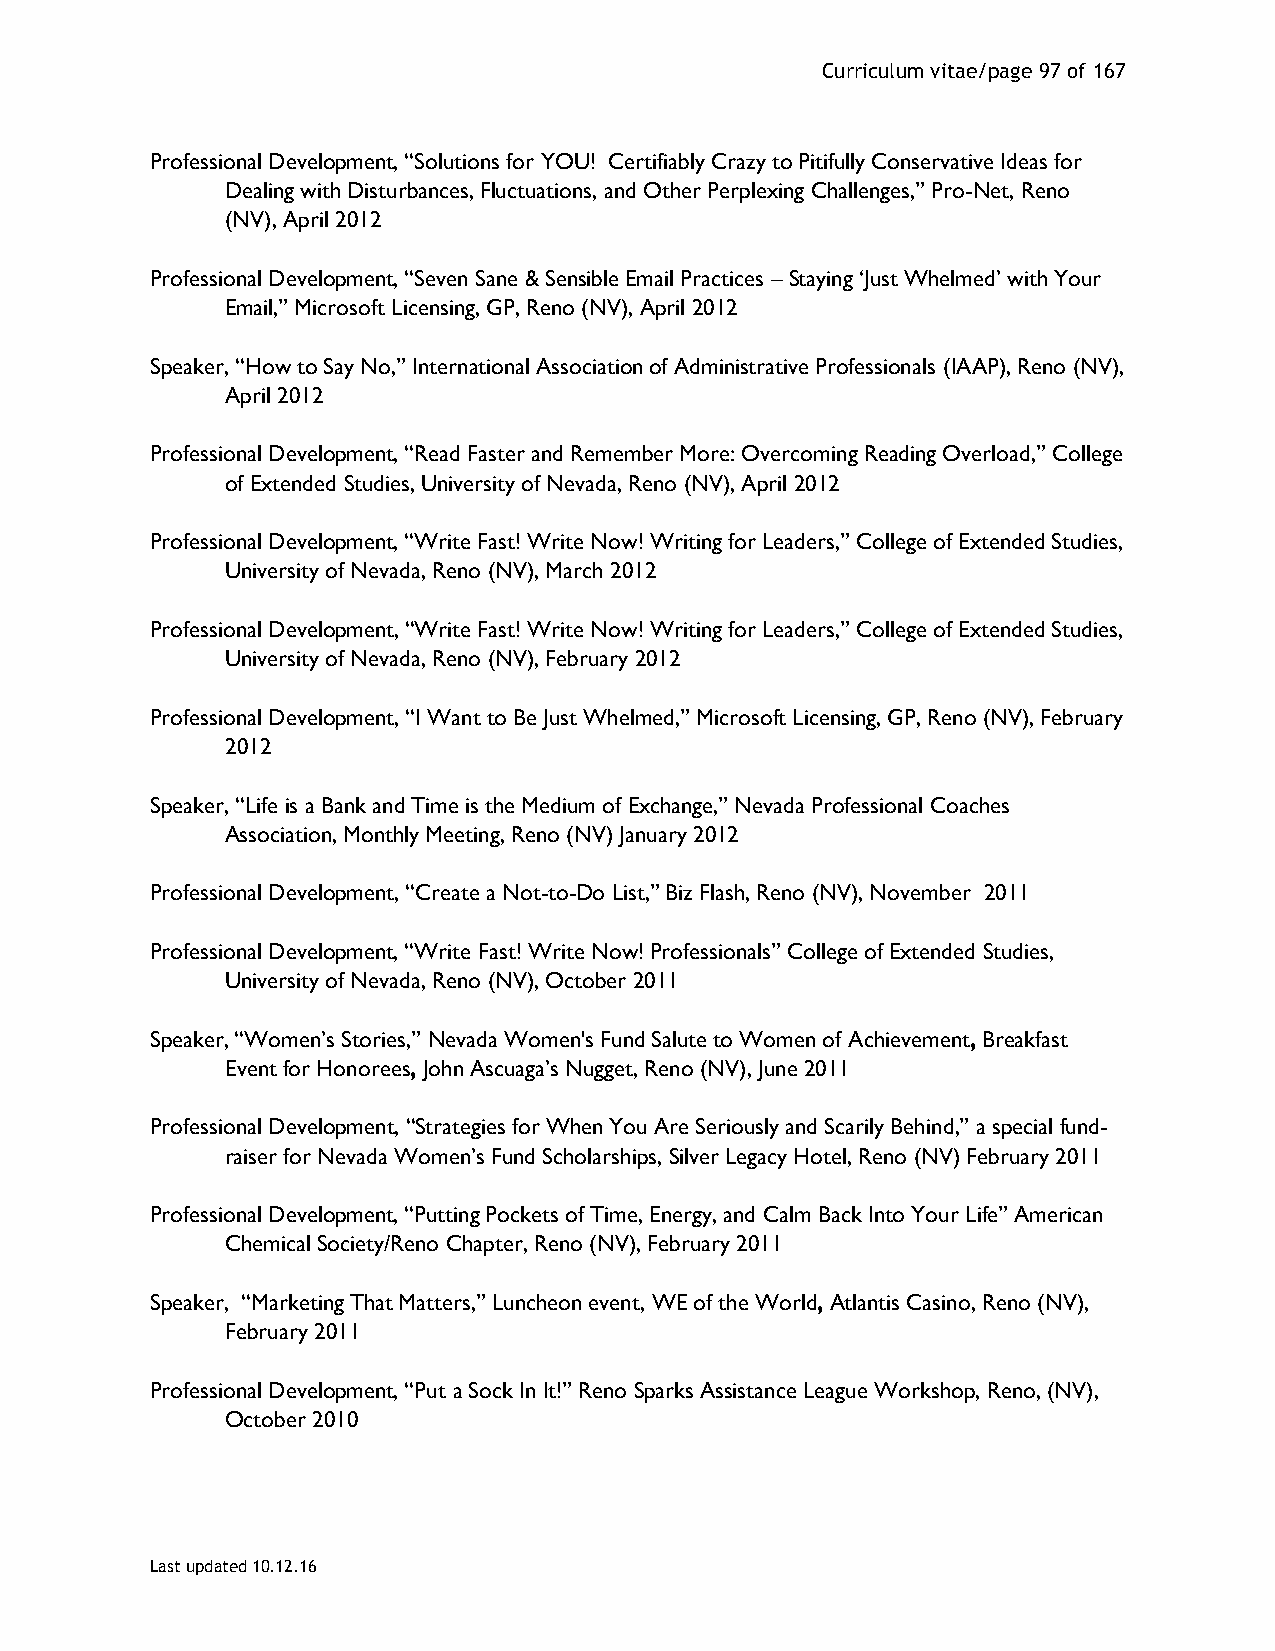
Curriculum vitae/page 97 of 167
 Professional Development, “Solutions for YOU! Certifiably Crazy to Pitifully Conservative Ideas for
 Dealing with Disturbances, Fluctuations, and Other Perplexing Challenges,” Pro-Net, Reno
 (NV), April 2012
 Professional Development, “Seven Sane & Sensible Email Practices – Staying ‘Just Whelmed’ with Your
 Email,” Microsoft Licensing, GP, Reno (NV), April 2012
 Speaker, “How to Say No,” International Association of Administrative Professionals (IAAP), Reno (NV),
 April 2012
 Professional Development, “Read Faster and Remember More: Overcoming Reading Overload,” College
 of Extended Studies, University of Nevada, Reno (NV), April 2012
 Professional Development, “Write Fast! Write Now! Writing for Leaders,” College of Extended Studies,
 University of Nevada, Reno (NV), March 2012
 Professional Development, “Write Fast! Write Now! Writing for Leaders,” College of Extended Studies,
 University of Nevada, Reno (NV), February 2012
 Professional Development, “I Want to Be Just Whelmed,” Microsoft Licensing, GP, Reno (NV), February
 2012
 Speaker, “Life is a Bank and Time is the Medium of Exchange,” Nevada Professional Coaches
 Association, Monthly Meeting, Reno (NV) January 2012
 Professional Development, “Create a Not-to-Do List,” Biz Flash, Reno (NV), November 2011
 Professional Development, “Write Fast! Write Now! Professionals” College of Extended Studies,
 University of Nevada, Reno (NV), October 2011
 Speaker, “Women’s Stories,” Nevada Women's Fund Salute to Women of Achievement, Breakfast
 Event for Honorees, John Ascuaga’s Nugget, Reno (NV), June 2011
 Professional Development, “Strategies for When You Are Seriously and Scarily Behind,” a special fund-
 raiser for Nevada Women’s Fund Scholarships, Silver Legacy Hotel, Reno (NV) February 2011
 Professional Development, “Putting Pockets of Time, Energy, and Calm Back Into Your Life” American
 Chemical Society/Reno Chapter, Reno (NV), February 2011
 Speaker, “Marketing That Matters,” Luncheon event, WE of the World, Atlantis Casino, Reno (NV),
 February 2011
 Professional Development, “Put a Sock In It!” Reno Sparks Assistance League Workshop, Reno, (NV),
 October 2010
 Last updated 10.12.16